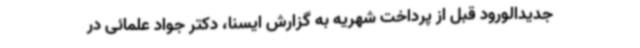
جدیدالورود قبل از پرداخت شهریه به گزارش ایسنا، دکتر جواد علمائی در